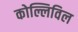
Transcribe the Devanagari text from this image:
कोल्लिविल